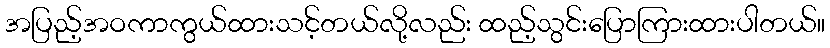
အပြည့်အဝကာကွယ်ထားသင့်တယ်လို့လည်း ထည့်သွင်းပြောကြားထားပါတယ်။